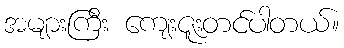
အများကြီး ကျေးဇူးတင်ပါတယ်။